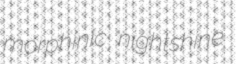
morphinic nightshine